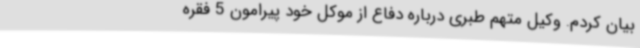
بیان کردم. وکیل متهم طبری درباره دفاع از موکل خود پیرامون 5 فقره